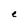
Character: e